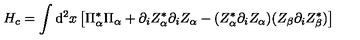
H _ { c } = \int \mathrm { d } ^ { 2 } x \left[ \Pi _ { \alpha } ^ { * } \Pi _ { \alpha } + \partial _ { i } Z _ { \alpha } ^ { * } \partial _ { i } Z _ { \alpha } - ( Z _ { \alpha } ^ { * } \partial _ { i } Z _ { \alpha } ) ( Z _ { \beta } \partial _ { i } Z _ { \beta } ^ { * } ) \right]